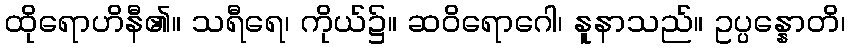
ထိုရောဟိနီ၏။ သရီရေ၊ ကိုယ်၌။ ဆဝိရောဂေါ၊ နူနာသည်။ ဥပ္ပန္နောတိ၊